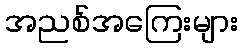
အညစ်အကြေးများ